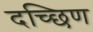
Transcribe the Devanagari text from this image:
दच्छिण